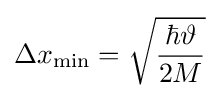
\Delta x_{\mathrm {min} }={\sqrt {\frac {\hbar \vartheta }{2M}}}